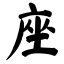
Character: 座